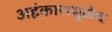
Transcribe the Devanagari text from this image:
अहंकारामुळेच